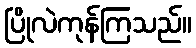
ပြိုလဲကုန်ကြသည်။